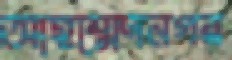
আহম্মেদনগর